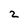
Character: 2